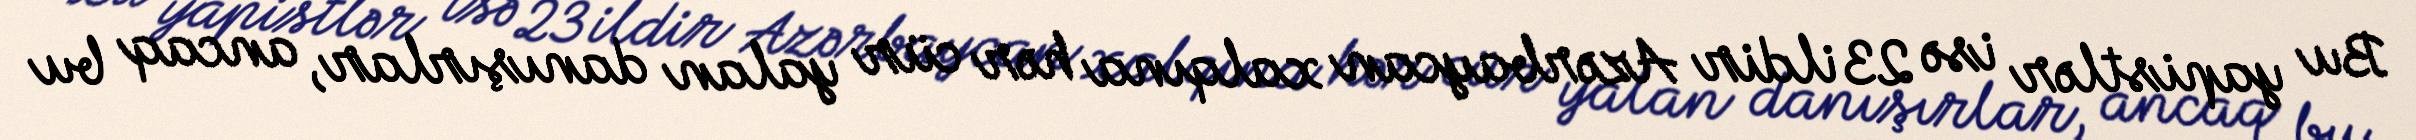
Bu yapistlər isə 23 ildir Azərbaycan xalqına hər cür yalan danışırlar, ancaq bu